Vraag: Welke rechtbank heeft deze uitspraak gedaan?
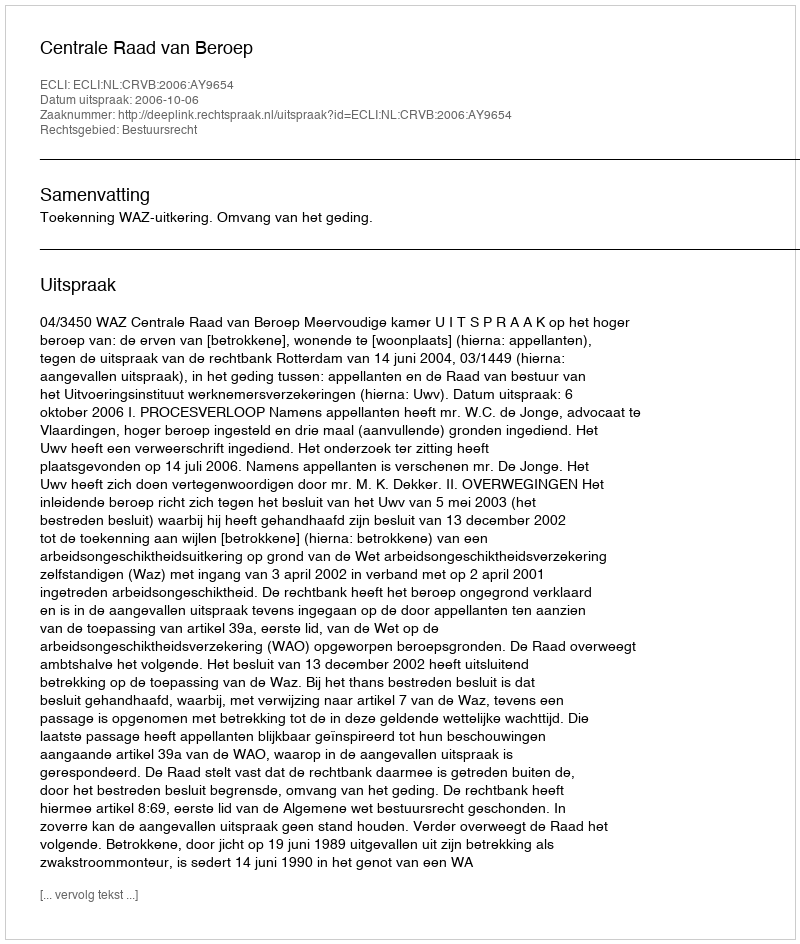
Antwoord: Centrale Raad van Beroep